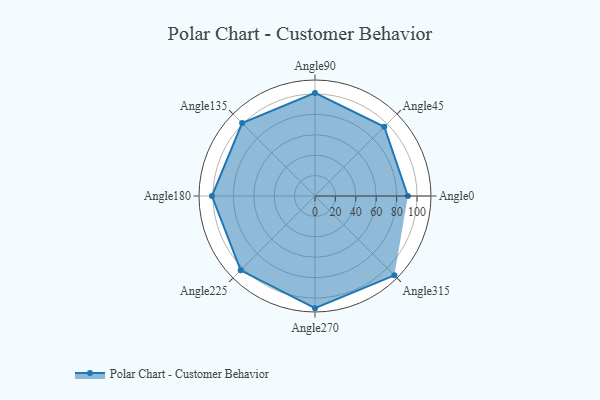
{"axis": {"x": "Angle", "y": "Radius"}, "legend": [""], "data": [{"x": "Angle0", "y": 91.0, "type": ""}, {"x": "Angle45", "y": 96.0, "type": ""}, {"x": "Angle90", "y": 101.0, "type": ""}, {"x": "Angle135", "y": 101.0, "type": ""}, {"x": "Angle180", "y": 101.0, "type": ""}, {"x": "Angle225", "y": 103.0, "type": ""}, {"x": "Angle270", "y": 110.0, "type": ""}, {"x": "Angle315", "y": 110.0, "type": ""}]}